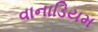
વાનાડિયમ